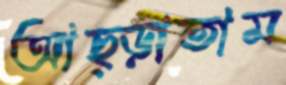
আছ্‌ড়াতাম